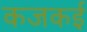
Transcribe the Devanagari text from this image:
कजकई